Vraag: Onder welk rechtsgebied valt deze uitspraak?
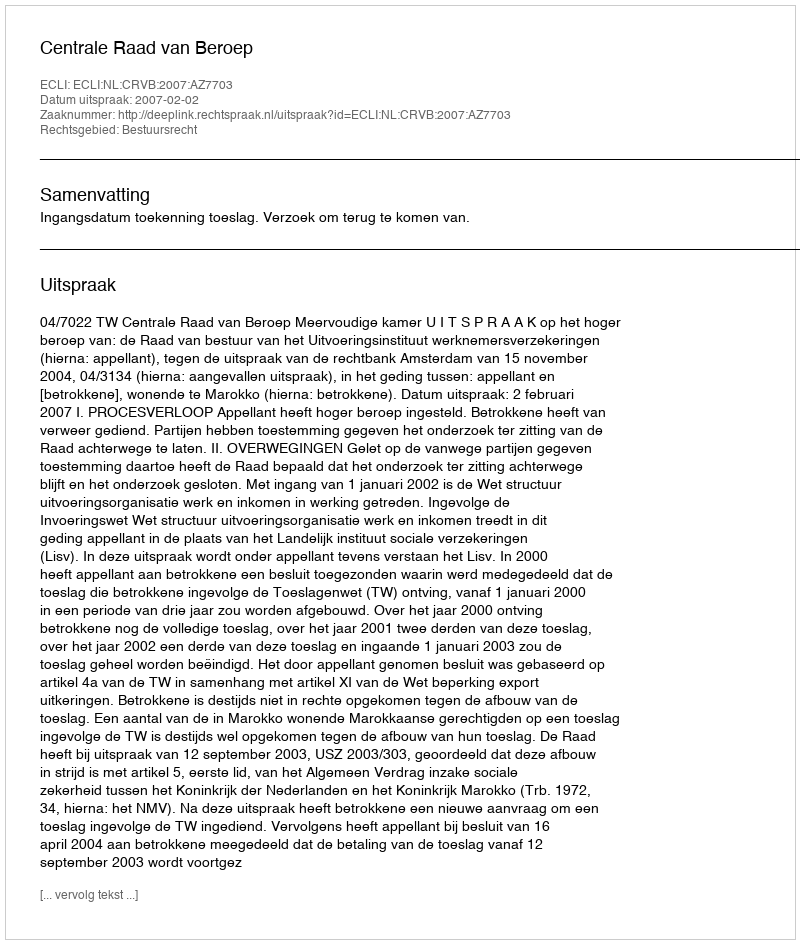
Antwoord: Bestuursrecht